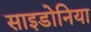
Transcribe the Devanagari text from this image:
साइडोनिया